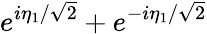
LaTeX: e^{i\eta_{1}/\sqrt{2}}+e^{-i\eta_{1}/\sqrt{2}}